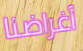
أغراضنا